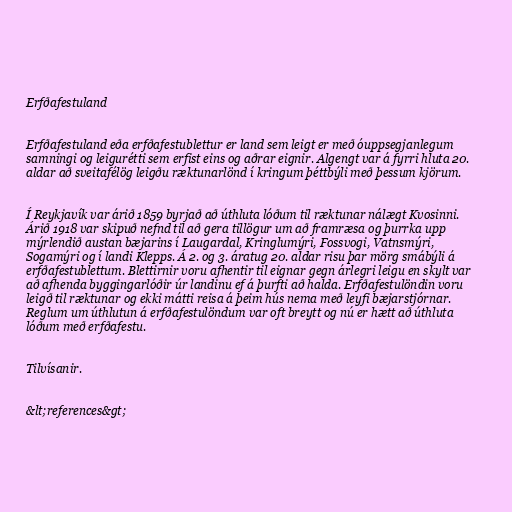
Erfðafestuland

Erfðafestuland eða erfðafestublettur er land sem leigt er með óuppsegjanlegum
samningi og leigurétti sem erfist eins og aðrar eignir. Algengt var á fyrri hluta 20.
aldar að sveitafélög leigðu ræktunarlönd í kringum þéttbýli með þessum kjörum.

Í Reykjavík var árið 1859 byrjað að úthluta lóðum til ræktunar nálægt Kvosinni.
Árið 1918 var skipuð nefnd til að gera tillögur um að framræsa og þurrka upp
mýrlendið austan bæjarins í Laugardal, Kringlumýri, Fossvogi, Vatnsmýri,
Sogamýri og í landi Klepps. Á 2. og 3. áratug 20. aldar risu þar mörg smábýli á
erfðafestublettum. Blettirnir voru afhentir til eignar gegn árlegri leigu en skylt var
að afhenda byggingarlóðir úr landinu ef á þurfti að halda. Erfðafestulöndin voru
leigð til ræktunar og ekki mátti reisa á þeim hús nema með leyfi bæjarstjórnar.
Reglum um úthlutun á erfðafestulöndum var oft breytt og nú er hætt að úthluta
lóðum með erfðafestu.

Tilvísanir.

&lt;references&gt;